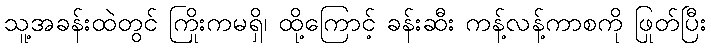
သူ့အခန်းထဲတွင် ကြိုးကမရှိ၊ ထို့ကြောင့် ခန်းဆီး ကန့်လန့်ကာစကို ဖြုတ်ပြီး